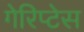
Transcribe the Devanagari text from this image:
गेरिप्टेस